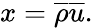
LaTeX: x={\overline{{\rho}}}{\overline{{u}}}.